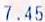
7.45